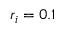
r _ { i } = 0 . 1